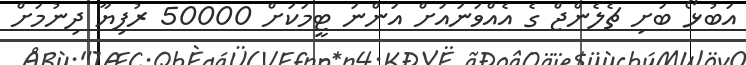
އަބުޅޯ ބަށި ޗެލެންޖް ގެ އެއްވަނައަށް އަންނަ ޓީމަކަށް 50000 ރުފިޔާ ދިނުމަށް